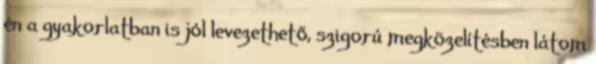
én a gyakorlatban is jól levezethető, szigorú megközelítésben látom